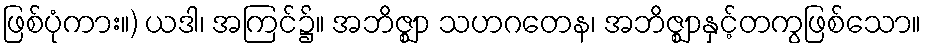
ဖြစ်ပုံကား။) ယဒါ၊ အကြင်၌။ အဘိဇ္ဈာ သဟဂတေန၊ အဘိဇ္ဈာနှင့်တကွဖြစ်သော။